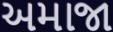
અમાજા